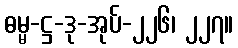
ဓမ္မ-ဋ္ဌ-ဒု-အုပ်-၂၂၆၊ ၂၂၇။